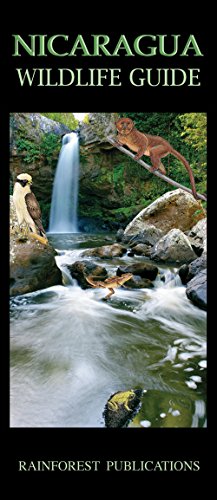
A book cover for Nicaragua Wildlife Guide (Laminated Foldout Pocket Field Guide) (English and Spanish Edition); Rainforest Publications; Travel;